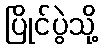
ပြိုင်ပွဲသို့